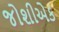
જોશીએક